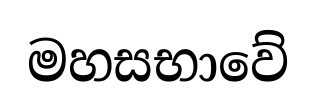
මහසභාවේ